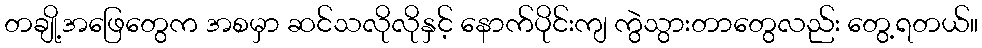
တချို့အဖြေတွေက အစမှာ ဆင်သလိုလိုနှင့် နောက်ပိုင်းကျ ကွဲသွားတာတွေလည်း တွေ့ရတယ်။